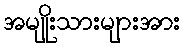
အမျိုးသားများအား